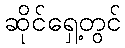
ဆိုင်ရှေ့တွင်